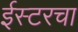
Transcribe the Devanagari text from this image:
ईस्टरचा